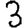
Digit: 3